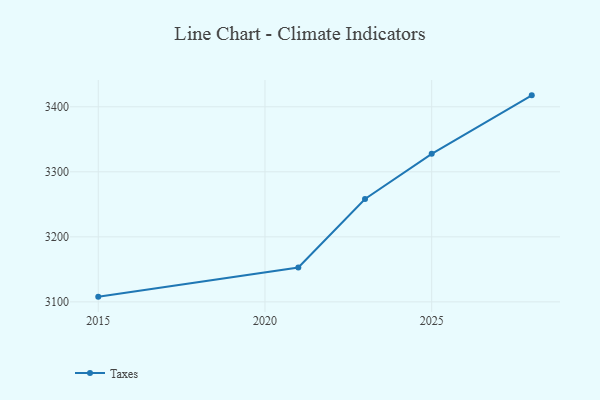
{"axis": {"x": "Year", "y": "Satisfaction Score"}, "legend": ["Taxes"], "data": [{"x": "2028", "y": 3417.6, "type": "Taxes"}, {"x": "2025", "y": 3327.7, "type": "Taxes"}, {"x": "2023", "y": 3258.2, "type": "Taxes"}, {"x": "2021", "y": 3152.8, "type": "Taxes"}, {"x": "2015", "y": 3108.0, "type": "Taxes"}]}